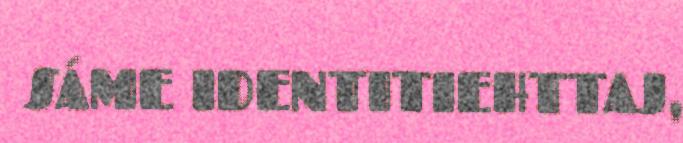
SÁME IDENTITIEHTTAJ,